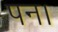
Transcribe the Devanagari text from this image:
पन।